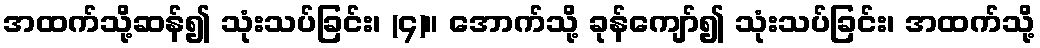
အထက်သို့ဆန်၍ သုံးသပ်ခြင်း၊ (၄)။ အောက်သို့ ခုန်ကျော်၍ သုံးသပ်ခြင်း၊ အထက်သို့